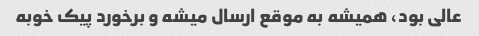
عالی بود، همیشه به موقع ارسال میشه و برخورد پیک خوبه